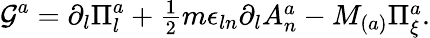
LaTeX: {\cal G}^{a}=\partial_{l}\Pi_{l}^{a}+\textstyle{\frac{1}{2}}m\epsilon_{ln}\partial_{l}A_{n}^{a}-M_{(a)}\Pi_{\xi}^{a}.